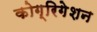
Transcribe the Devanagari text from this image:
कोग्रिगेशन